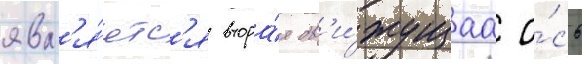
явл'я́етс'я втора́я дв'и́жущаа о́сь